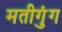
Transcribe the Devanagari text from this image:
मतीगुंग